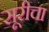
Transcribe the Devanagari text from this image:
सूरीचा